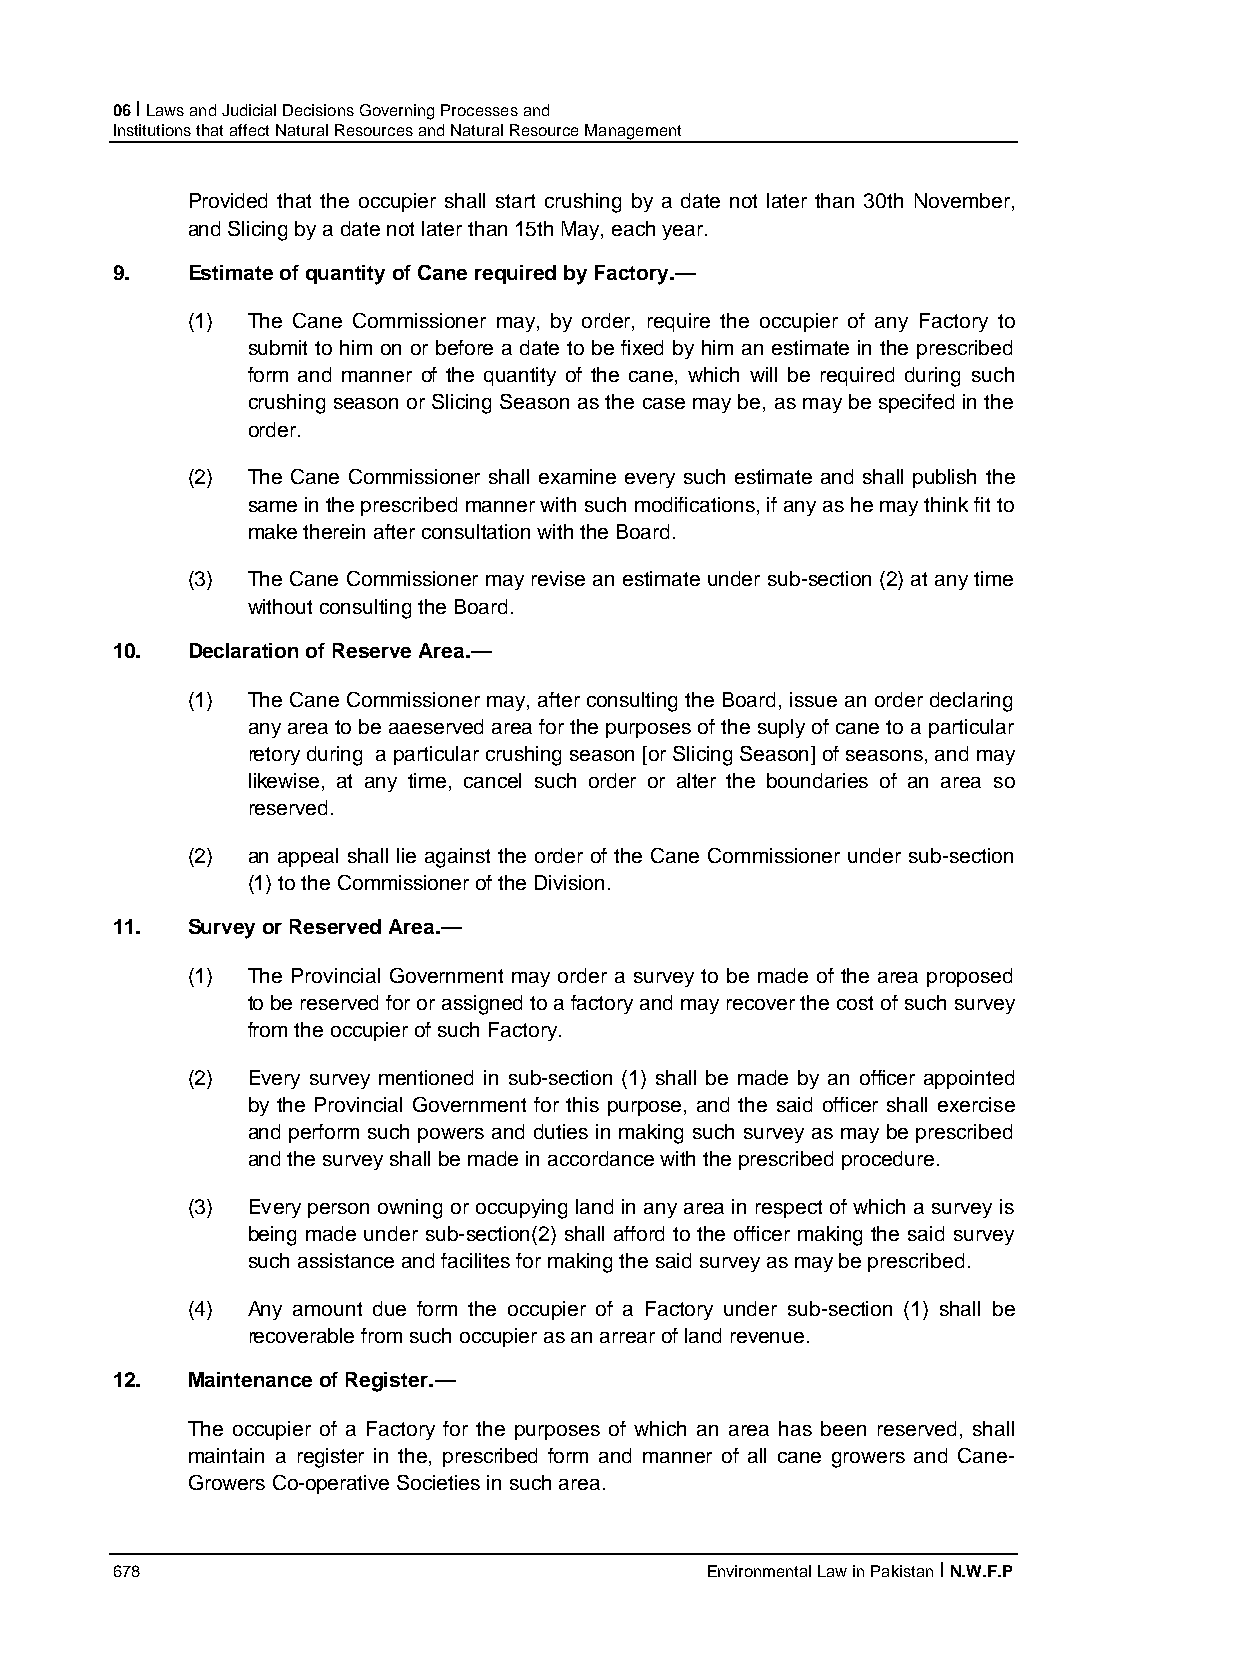
06 I Laws and Judicial Decisions Governing Processes and
 Institutions that affect Natural Resources and Natural Resource Management
 Provided that the occupier shall start crushing by a date not later than 30th November,
 and Slicing by a date not later than 15th May, each year.
 9.   Estimate of quantity of Cane required by Factory.—
 (1) The Cane Commissioner may, by order, require the occupier of any Factory to
 submit to him on or before a date to be fixed by him an estimate in the prescribed
 form and manner of the quantity of the cane, which will be required during such
 crushing season or Slicing Season as the case may be, as may be specifed in the
 order.
 (2) The Cane Commissioner shall examine every such estimate and shall publish the
 same in the prescribed manner with such modifications, if any as he may think fit to
 make therein after consultation with the Board.
 (3) The Cane Commissioner may revise an estimate under sub-section (2) at any time
 without consulting the Board.
 10.  Declaration of Reserve Area.—
 (1) The Cane Commissioner may, after consulting the Board, issue an order declaring
 any area to be aaeserved area for the purposes of the suply of cane to a particular
 retory during a particular crushing season [or Slicing Season] of seasons, and may
 likewise, at any time, cancel such order or alter the boundaries of an area so
 reserved.
 (2) an appeal shall lie against the order of the Cane Commissioner under sub-section
 (1) to the Commissioner of the Division.
 11.  Survey or Reserved Area.—
 (1) The Provincial Government may order a survey to be made of the area proposed
 to be reserved for or assigned to a factory and may recover the cost of such survey
 from the occupier of such Factory.
 (2) Every survey mentioned in sub-section (1) shall be made by an officer appointed
 by the Provincial Government for this purpose, and the said officer shall exercise
 and perform such powers and duties in making such survey as may be prescribed
 and the survey shall be made in accordance with the prescribed procedure.
 (3) Every person owning or occupying land in any area in respect of which a survey is
 being made under sub-section(2) shall afford to the officer making the said survey
 such assistance and facilites for making the said survey as may be prescribed.
 (4) Any amount due form the occupier of a Factory under sub-section (1) shall be
 recoverable from such occupier as an arrear of land revenue.
 12.  Maintenance of Register.—
 The occupier of a Factory for the purposes of which an area has been reserved, shall
 maintain a register in the, prescribed form and manner of all cane growers and Cane-
 Growers Co-operative Societies in such area.
 678                                     Environmental Law in Pakistan I N.W.F.P